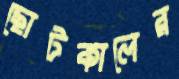
ছোটকালের